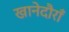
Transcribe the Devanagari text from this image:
खानेदौराँ